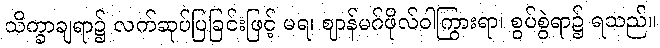
သိက္ခာချရာ၌ လက်ဆုပ်ပြခြင်းဖြင့် မရ၊ ဈာန်မဂ်ဖိုလ်ဝါကြွားရာ၊ စွပ်စွဲရာ၌ ရသည်။